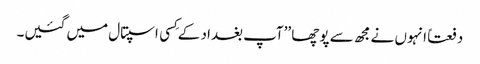
دفعتاً انہوں نے مجھ سے پوچھا ’’آپ بغداد کے کِسی اسپتال میں گئیں۔